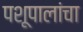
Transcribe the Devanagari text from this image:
पशूपालांचा